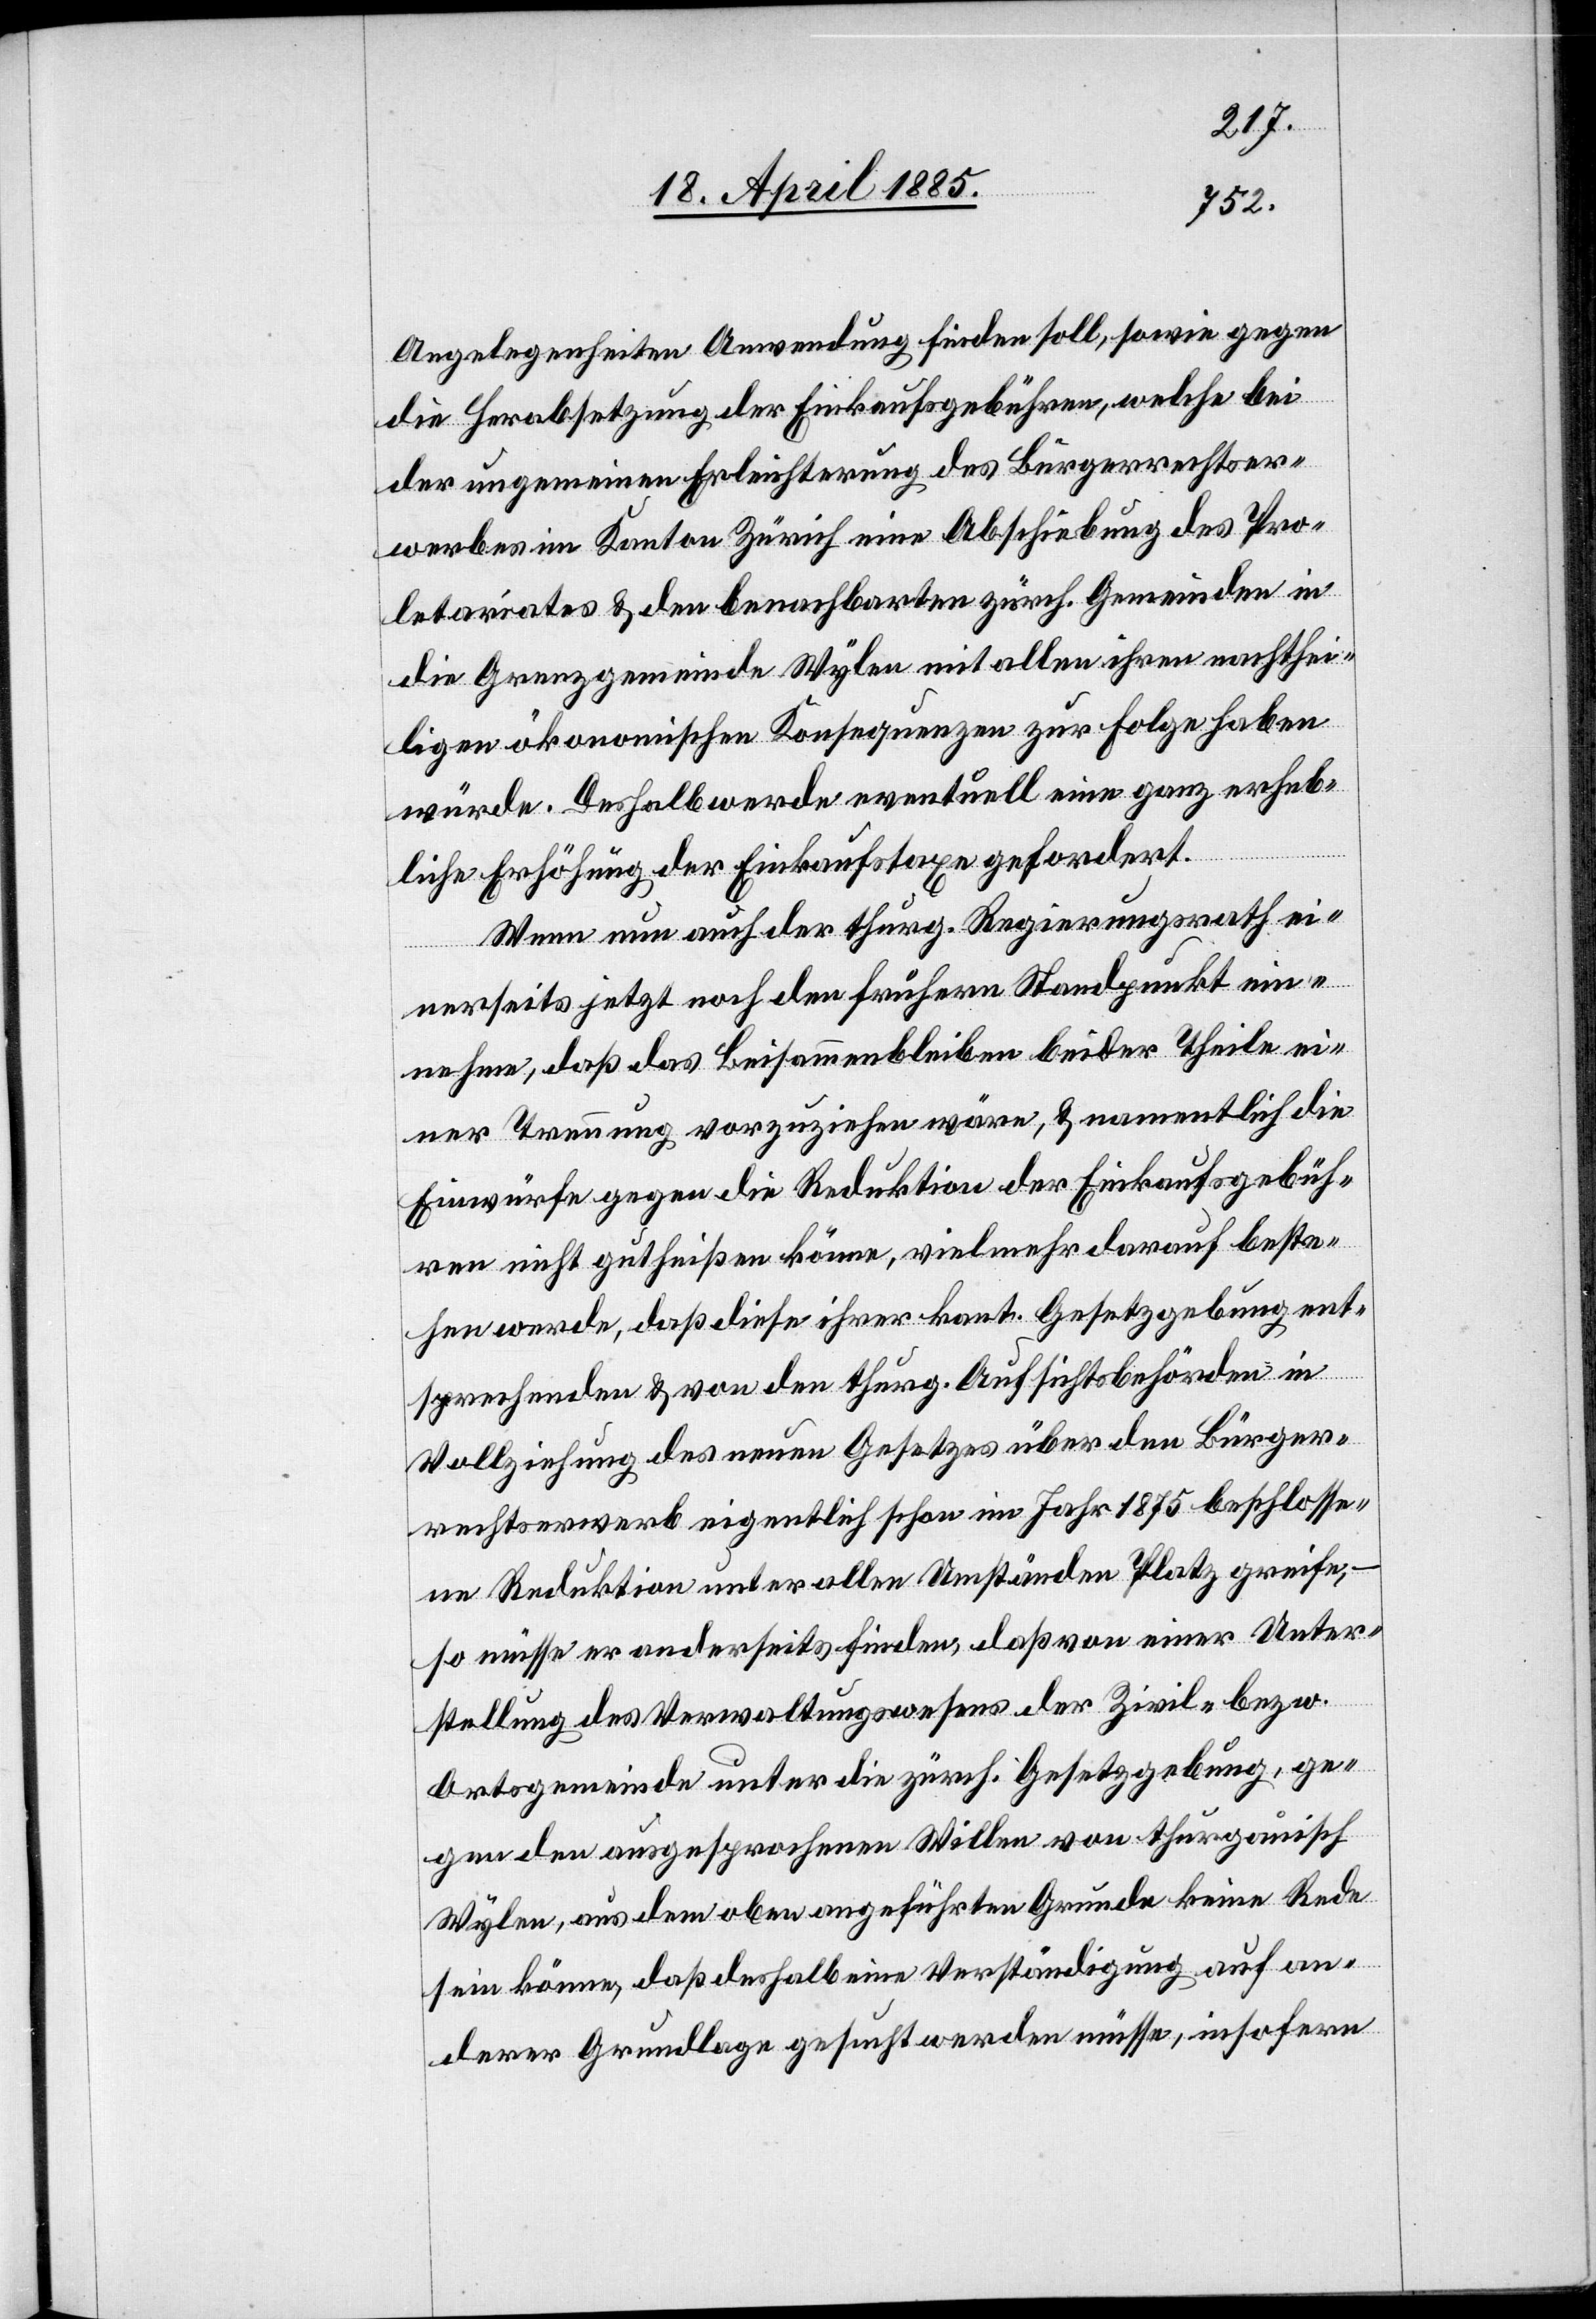
angelegenheiten Anwendung finden soll, sowie gegen
die Herabsetzung der Einkaufsgebühren, welche bei
der ungemeinen Erleichterung des Bürgerrechtser¬
werbes im Kanton Zürich eine Abschiebung des Pro¬
letariats & den benachbarten zürch. Gemeinden in
die Grenzgemeinde Wylen mit allen ihren nachthei¬
ligen ökonomischen Konsequenzen zur Folge haben
würde. Deshalb werde eventuell eine ganz erheb¬
liche Erhöhung der Einkaufstaxen gefordert.
Wenn nun auch der thurg. Regierungsrath ei¬
nerseits jetzt noch den frühern Standpunkt ein¬
nehme, daß das Beisammenbleiben beider Theile ei¬
ner Trennung vorzuziehen wäre, & namentlich die
Einwürfe gegen die Reduktion der Einkaufsgebüh¬
ren nicht gutheißen könne, vielmehr darauf beste¬
hen werde, daß diese ihrer kant. Gesetzgebung ent¬
sprechenden & von den thurg. Aufsichtsbehörden in
Vollziehung des neuen Gesetzes über den Bürger¬
rechtserwerb eigentlich schon im Jahr 1875 beschlosse¬
ne Reduktion unter allen Umständen Platz greife,
so müsse er anderseits finden, daß von einer Unter¬
stellung des Verwaltungswesens der Zivil- bezw.
Ortsgemeinde unter die zürch. Gesetzgebung, ge¬
gen den ausgesprochenen Willen von thurgauisch
Wylen, aus dem oben angeführten Grunde keine Rede
sein könne, daß deshalb eine Verständigung auf an¬
derer Grundlage gesucht werden müsse, insofern